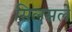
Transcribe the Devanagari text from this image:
सिलसले